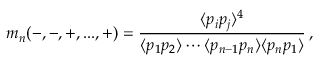
m _ { n } ( - , - , + , . . . , + ) = { \frac { \langle p _ { i } p _ { j } \rangle ^ { 4 } } { \langle p _ { 1 } p _ { 2 } \rangle \cdots \langle p _ { n - 1 } p _ { n } \rangle \langle p _ { n } p _ { 1 } \rangle } } \, ,